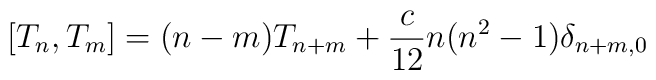
\left[ T_{n},T_{m}\right] =(n-m)T_{n+m}+\frac{c}{12}n(n^{2}-1)\delta _{n+m,0}